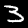
Digit: 3